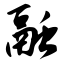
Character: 融